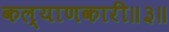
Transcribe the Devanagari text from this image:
कल्याणकारी॥३॥